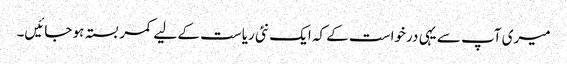
میری آپ سے یہی درخواست کے کہ ایک نئی ریاست کے لیے کمر بستہ ہو جائیں۔